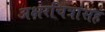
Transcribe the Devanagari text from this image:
अक्षरचित्रांसह